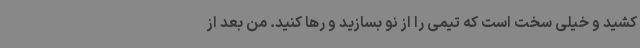
کشید و خیلی سخت است که تیمی را از نو بسازید و رها کنید. من بعد از